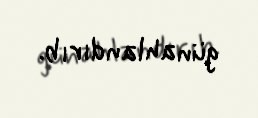
günahlandırıb.